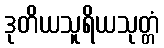
ဒုတိယသူရိယသုတ္တံ